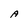
Character: A